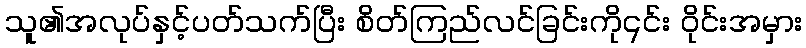
သူ၏အလုပ်နှင့်ပတ်သက်ပြီး စိတ်ကြည်လင်ခြင်းကို၎င်း ဝိုင်းအမှား